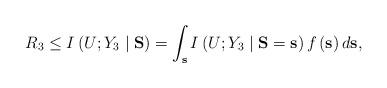
LaTeX: \begin{align*}R_3\leq I\left( U;Y_3\mid \mathbf{S}\right)=\int_\mathbf{s}I\left( U;Y_3\mid \mathbf{S}=\mathbf{s}\right) f\left( \mathbf{s}\right) d\mathbf{s}, \end{align*}